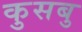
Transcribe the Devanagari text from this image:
कुसबु